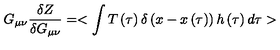
G _ { \mu \nu } { \frac { \delta Z } { \delta G _ { \mu \nu } } } = < \int { T \left( \tau \right) \delta \left( x - x \left( \tau \right) \right) h \left( \tau \right) d \tau } >